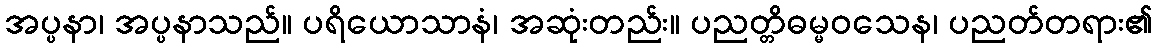
အပ္ပနာ၊ အပ္ပနာသည်။ ပရိယောသာနံ၊ အဆုံးတည်း။ ပညတ္တိဓမ္မဝသေန၊ ပညတ်တရား၏